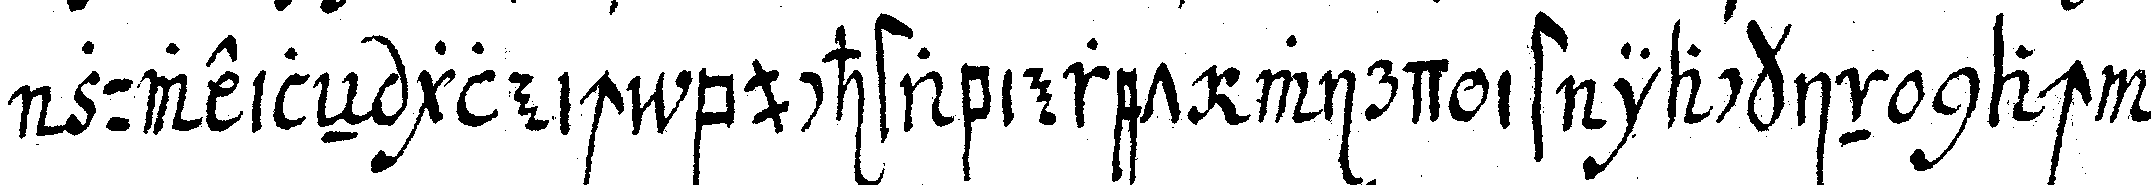
zuweileN gleich buchstabieret wird ist iackin nach